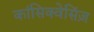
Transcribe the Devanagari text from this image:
कांसिक्वेसिंज़